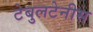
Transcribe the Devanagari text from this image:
टेबुलटेनीस